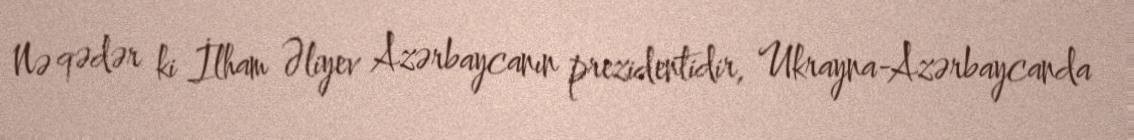
Nə qədər ki İlham Əliyev Azərbaycanın prezidentidir, Ukrayna-Azərbaycanda